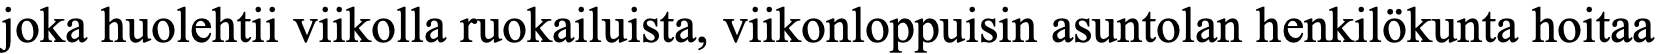
joka huolehtii viikolla ruokailuista, viikonloppuisin asuntolan henkilökunta hoitaa